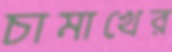
চামাখের